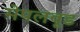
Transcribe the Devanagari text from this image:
मेपलवूड